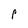
Character: p